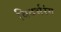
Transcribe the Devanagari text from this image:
विदर्भरंग